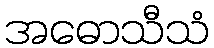
အဓောသီသံ